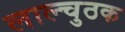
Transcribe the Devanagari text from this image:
लाल्चुठक